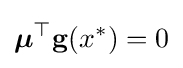
{\boldsymbol {\mu }}^{\top }\mathbf {g} (x^{*})=0